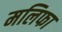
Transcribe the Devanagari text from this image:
मलिफा